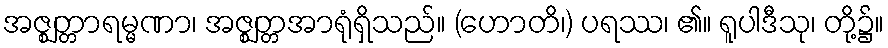
အဇ္ဈတ္တာရမ္မဏာ၊ အဇ္ဈတ္တအာရုံရှိသည်။ (ဟောတိ၊) ပရဿ၊ ၏။ ရူပါဒီသု၊ တို့၌။